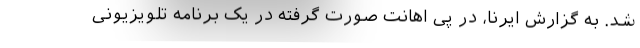
شد. به گزارش ایرنا، در پی اهانت صورت گرفته در یک برنامه تلویزیونی